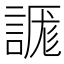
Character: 𰴾